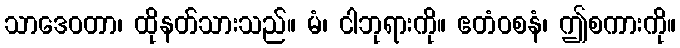
သာဒေဝတာ၊ ထိုနတ်သားသည်။ မံ၊ ငါဘုရားကို။ ဧတံဝစနံ၊ ဤစကားကို။